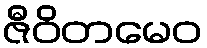
ဇီဝိတမေဝ